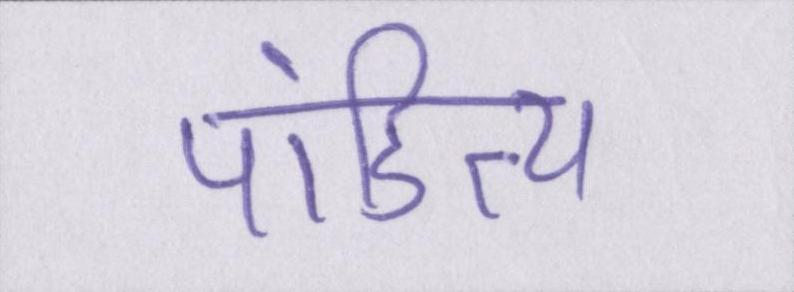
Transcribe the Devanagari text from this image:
पांडित्य